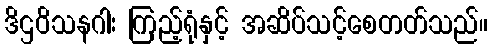
ဒိဌဝိသနဂါး ကြည့်ရုံနှင့် အဆိပ်သင့်စေတတ်သည်။